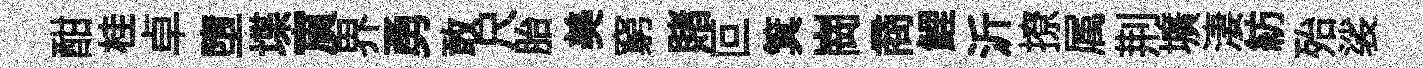
酣桂卓墮堞賔界勇敢尺胎美窮賭叵箕崗商鯉沂撩属荆壙淒紡殆裟